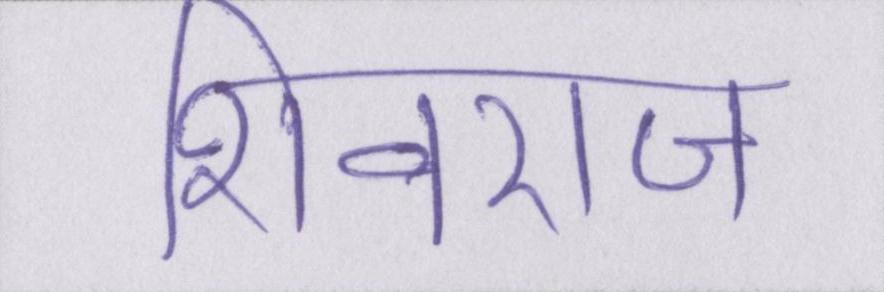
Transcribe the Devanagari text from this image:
शिवराज